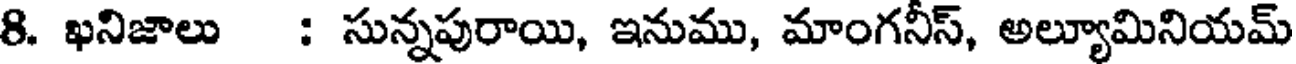
8. ఖనిజాలు : సున్నపురాయి, ఇనుము, మాంగనీస్, అల్యూమినియమ్